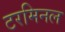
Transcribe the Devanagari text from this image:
टरमिनल